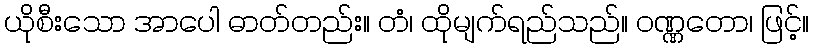
ယိုစီးသော အာပေါ ဓာတ်တည်း။ တံ၊ ထိုမျက်ရည်သည်။ ဝဏ္ဏတော၊ ဖြင့်။